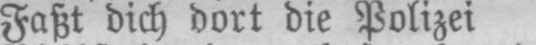
Faßt dich dort die Polizei